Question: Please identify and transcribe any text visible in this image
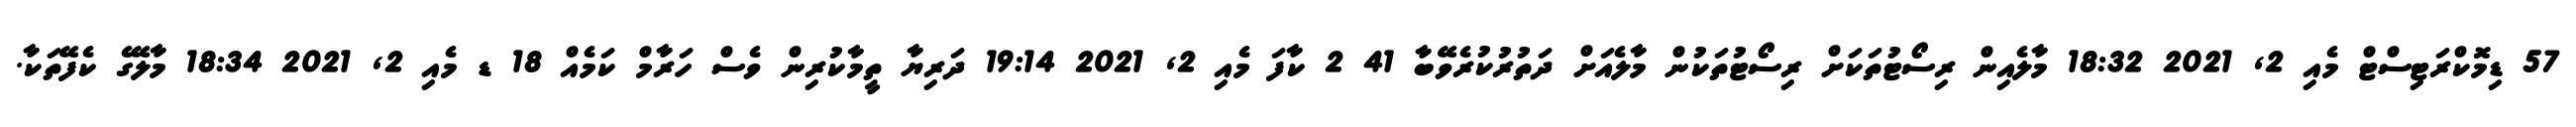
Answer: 57 ޑިމޮކްރަޓިސްޓް މެއި 2, 2021 18:32 މާލެއިން ރިސޯޓުތަކަށް ރިސޯޓުތަކުން މާލެއަށް ދަތުރުކުރެވޭބާ 41 2 ކާފަ މެއި 2, 2021 19:14 ދަރިޔާ ތީމާކުރިން ވެސް ހަރާމް ކަމެއް 18 ޑ މެއި 2, 2021 18:34 މާލޭގެ ކެފޭތަކާ.